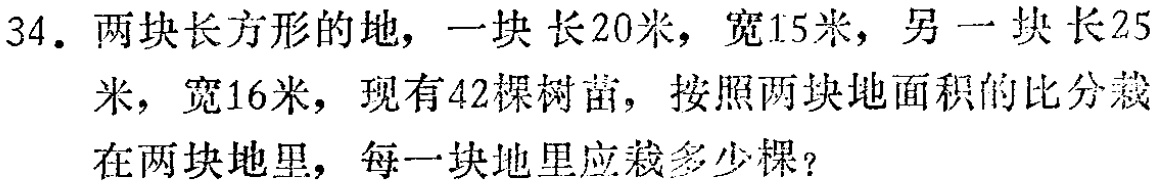
34. 两块长方形的地，一块长20米，宽15米，另一块长25米，宽16米，现有42棵树苗，按照两块地面积的比分栽在两块地里，每一块地里应栽多少棵？